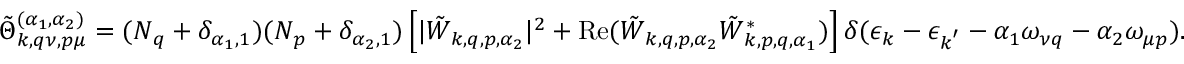
\tilde { \Theta } _ { \boldsymbol { k } , \boldsymbol { q } \nu , \boldsymbol { p } \mu } ^ { ( \alpha _ { 1 } , \alpha _ { 2 } ) } = ( N _ { \boldsymbol { q } } + \delta _ { \alpha _ { 1 } , 1 } ) ( N _ { \boldsymbol { p } } + \delta _ { \alpha _ { 2 } , 1 } ) \left[ | \tilde { W } _ { \boldsymbol { k } , \boldsymbol { q } , \boldsymbol { p } , \alpha _ { 2 } } | ^ { 2 } + \mathrm { R e } ( \tilde { W } _ { \boldsymbol { k } , \boldsymbol { q } , \boldsymbol { p } , \alpha _ { 2 } } \tilde { W } _ { \boldsymbol { k } , \boldsymbol { p } , \boldsymbol { q } , \alpha _ { 1 } } ^ { * } ) \right] \delta ( \epsilon _ { \boldsymbol { k } } - \epsilon _ { \boldsymbol { k } ^ { \prime } } - \alpha _ { 1 } \omega _ { \nu \boldsymbol { q } } - \alpha _ { 2 } \omega _ { \mu \boldsymbol { p } } ) .